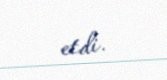
etdi.